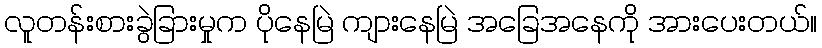
လူတန်းစားခွဲခြားမှုက ပိုနေမြဲ ကျားနေမြဲ အခြေအနေကို အားပေးတယ်။